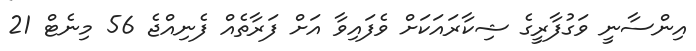
އިންސާނީ ވަގުފާރީގެ ޝިކާރައަކަށް ވެފައިވާ އަށް ފަރާތެއް ފެނިއްޖެ 56 މިނެޓް 21